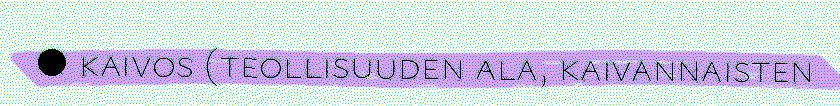
● kaivos (teollisuuden ala, kaivannaisten